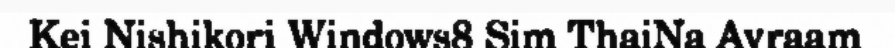
Kei Nishikori Windows8 Sim ThaiNa Avraam